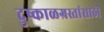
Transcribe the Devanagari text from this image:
दुष्काळग्रस्तांसाठी